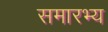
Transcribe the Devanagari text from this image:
समारभ्य